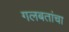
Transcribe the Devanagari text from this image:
गलबतांचा